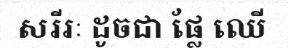
សរីរៈ ដូចជា ផ្លែ ឈើ